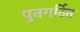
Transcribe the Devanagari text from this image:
पुनगर्ठित